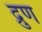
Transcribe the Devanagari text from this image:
द्रुण